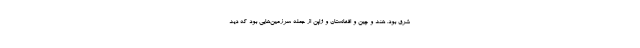
شرق بود. هند و چین و افغانستان و ژاپن از جمله سرزمین‌هایی بود که دید